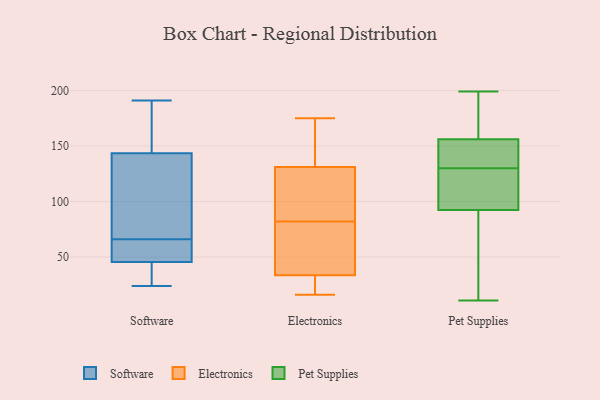
{"axis": {"x": "Waste Production (Tons)", "y": "Value"}, "legend": ["Electronics", "Pet Supplies", "Software"], "data": [{"x": "", "y": 163, "type": "Software"}, {"x": "", "y": 73, "type": "Software"}, {"x": "", "y": 56, "type": "Software"}, {"x": "", "y": 47, "type": "Software"}, {"x": "", "y": 45, "type": "Software"}, {"x": "", "y": 24, "type": "Software"}, {"x": "", "y": 142, "type": "Software"}, {"x": "", "y": 29, "type": "Software"}, {"x": "", "y": 144, "type": "Software"}, {"x": "", "y": 84, "type": "Software"}, {"x": "", "y": 66, "type": "Software"}, {"x": "", "y": 26, "type": "Software"}, {"x": "", "y": 191, "type": "Software"}, {"x": "", "y": 166, "type": "Software"}, {"x": "", "y": 49, "type": "Software"}, {"x": "", "y": 175, "type": "Electronics"}, {"x": "", "y": 19, "type": "Electronics"}, {"x": "", "y": 82, "type": "Electronics"}, {"x": "", "y": 72, "type": "Electronics"}, {"x": "", "y": 101, "type": "Electronics"}, {"x": "", "y": 171, "type": "Electronics"}, {"x": "", "y": 74, "type": "Electronics"}, {"x": "", "y": 16, "type": "Electronics"}, {"x": "", "y": 85, "type": "Electronics"}, {"x": "", "y": 21, "type": "Electronics"}, {"x": "", "y": 141, "type": "Electronics"}, {"x": "", "y": 88, "type": "Pet Supplies"}, {"x": "", "y": 117, "type": "Pet Supplies"}, {"x": "", "y": 62, "type": "Pet Supplies"}, {"x": "", "y": 143, "type": "Pet Supplies"}, {"x": "", "y": 11, "type": "Pet Supplies"}, {"x": "", "y": 97, "type": "Pet Supplies"}, {"x": "", "y": 145, "type": "Pet Supplies"}, {"x": "", "y": 199, "type": "Pet Supplies"}, {"x": "", "y": 151, "type": "Pet Supplies"}, {"x": "", "y": 197, "type": "Pet Supplies"}, {"x": "", "y": 161, "type": "Pet Supplies"}, {"x": "", "y": 104, "type": "Pet Supplies"}, {"x": "", "y": 143, "type": "Pet Supplies"}, {"x": "", "y": 101, "type": "Pet Supplies"}, {"x": "", "y": 48, "type": "Pet Supplies"}, {"x": "", "y": 190, "type": "Pet Supplies"}]}